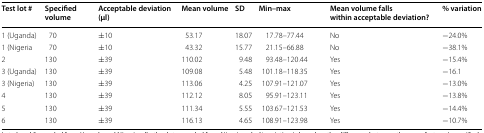
<table><thead><tr><td><b>Test lot #</b></td><td><b>Specified volume</b></td><td><b>Acceptable deviation (μl)</b></td><td><b>Mean volume</b></td><td><b>SD</b></td><td><b>Min–max</b></td><td><b>Mean volume falls within acceptable deviation?</b></td><td><b>% variation</b></td></tr></thead><tbody><tr><td>1 (Uganda)</td><td>70</td><td>±10</td><td>53.17</td><td>18.07</td><td>17.78–77.44</td><td>No</td><td>−24.0%</td></tr><tr><td>1 (Nigeria</td><td>70</td><td>±10</td><td>43.32</td><td>15.77</td><td>21.15–66.88</td><td>No</td><td>−38.1%</td></tr><tr><td>2</td><td>130</td><td>±39</td><td>110.02</td><td>9.48</td><td>93.48–120.44</td><td>Yes</td><td>−15.4%</td></tr><tr><td>3 (Uganda)</td><td>130</td><td>±39</td><td>109.08</td><td>5.48</td><td>101.18–118.35</td><td>Yes</td><td>−16.1</td></tr><tr><td>3 (Nigeria)</td><td>130</td><td>±39</td><td>113.06</td><td>4.25</td><td>107.91–121.07</td><td>Yes</td><td>−13.0%</td></tr><tr><td>4</td><td>130</td><td>±39</td><td>112.12</td><td>8.05</td><td>95.91–123.11</td><td>Yes</td><td>−13.8%</td></tr><tr><td>5</td><td>130</td><td>±39</td><td>111.34</td><td>5.55</td><td>103.67–121.53</td><td>Yes</td><td>−14.4%</td></tr><tr><td>6</td><td>130</td><td>±39</td><td>116.13</td><td>4.65</td><td>108.91–123.98</td><td>Yes</td><td>−10.7%</td></tr></tbody></table>